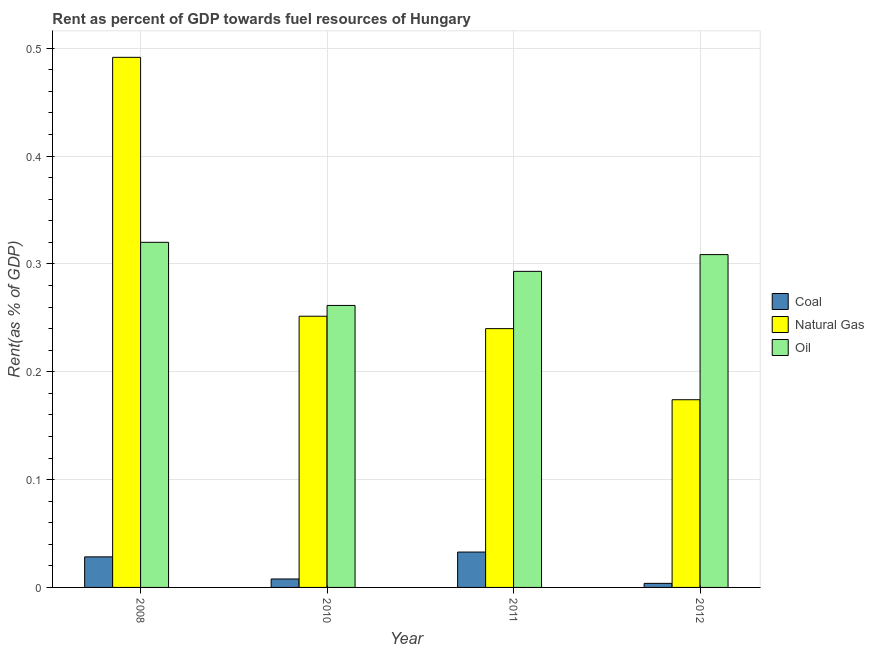
| Year | Coal | Natural Gas | Oil |
 | --- | --- | --- | --- |
 | 2008 | 0.0283 | 0.492 | 0.32 |
 | 2010 | 0.00784 | 0.251 | 0.261 |
 | 2011 | 0.0328 | 0.24 | 0.293 |
 | 2012 | 0.00376 | 0.174 | 0.309 |